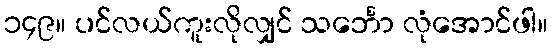
၁၄၉။ ပင်လယ်ကူးလိုလျှင် သင်္ဘော လုံအောင်ဖါ။